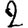
Digit: 2